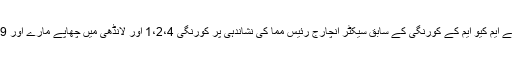
قانون نافذ کرنے والے ادارے نے ایم کیو ایم کے کورنگی کے سابق سیکٹر انچارج رئیس مما کی نشاندہی پر کورنگی 1،2،4 اور لانڈھی میں چھاپے مارے اور 9 ملزمان کو حراست میں لے لیا۔